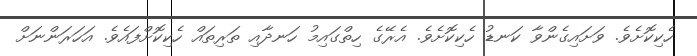
ހެކިކޮށެވެ. ވަށައިގެންވާ ކަނޑު ހެކިކޮށެވެ. އެރޭގެ ހިތްގައިމު ހަނދާއި ތަރިތައް ހެކިކޮށްފައެވެ. އަހަރަންނަށް